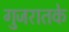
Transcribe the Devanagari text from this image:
गुजरातके